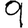
Digit: 9